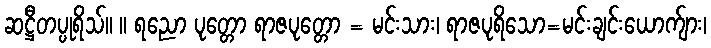
ဆဋ္ဌီတပ္ပုရိသ်။ ။ ရညော ပုတ္တော ရာဇပုတ္တော = မင်းသား၊ ရာဇပုရိသော=မင်းချင်းယောက်ျား၊